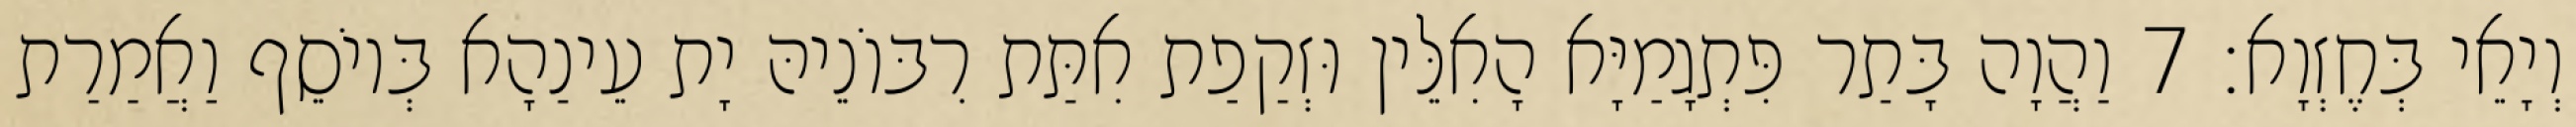
וְיָאֵי בְּחֶזְוָא׃ 7 וַהֲוָה בָּתַר פִּתְגָמַיָּא הָאִלֵּין וּזְקַפַת אִתַּת רִבּוֹנֵיהּ יָת עֵינַהָא בְּיוֹסֵף וַאֲמַרַת